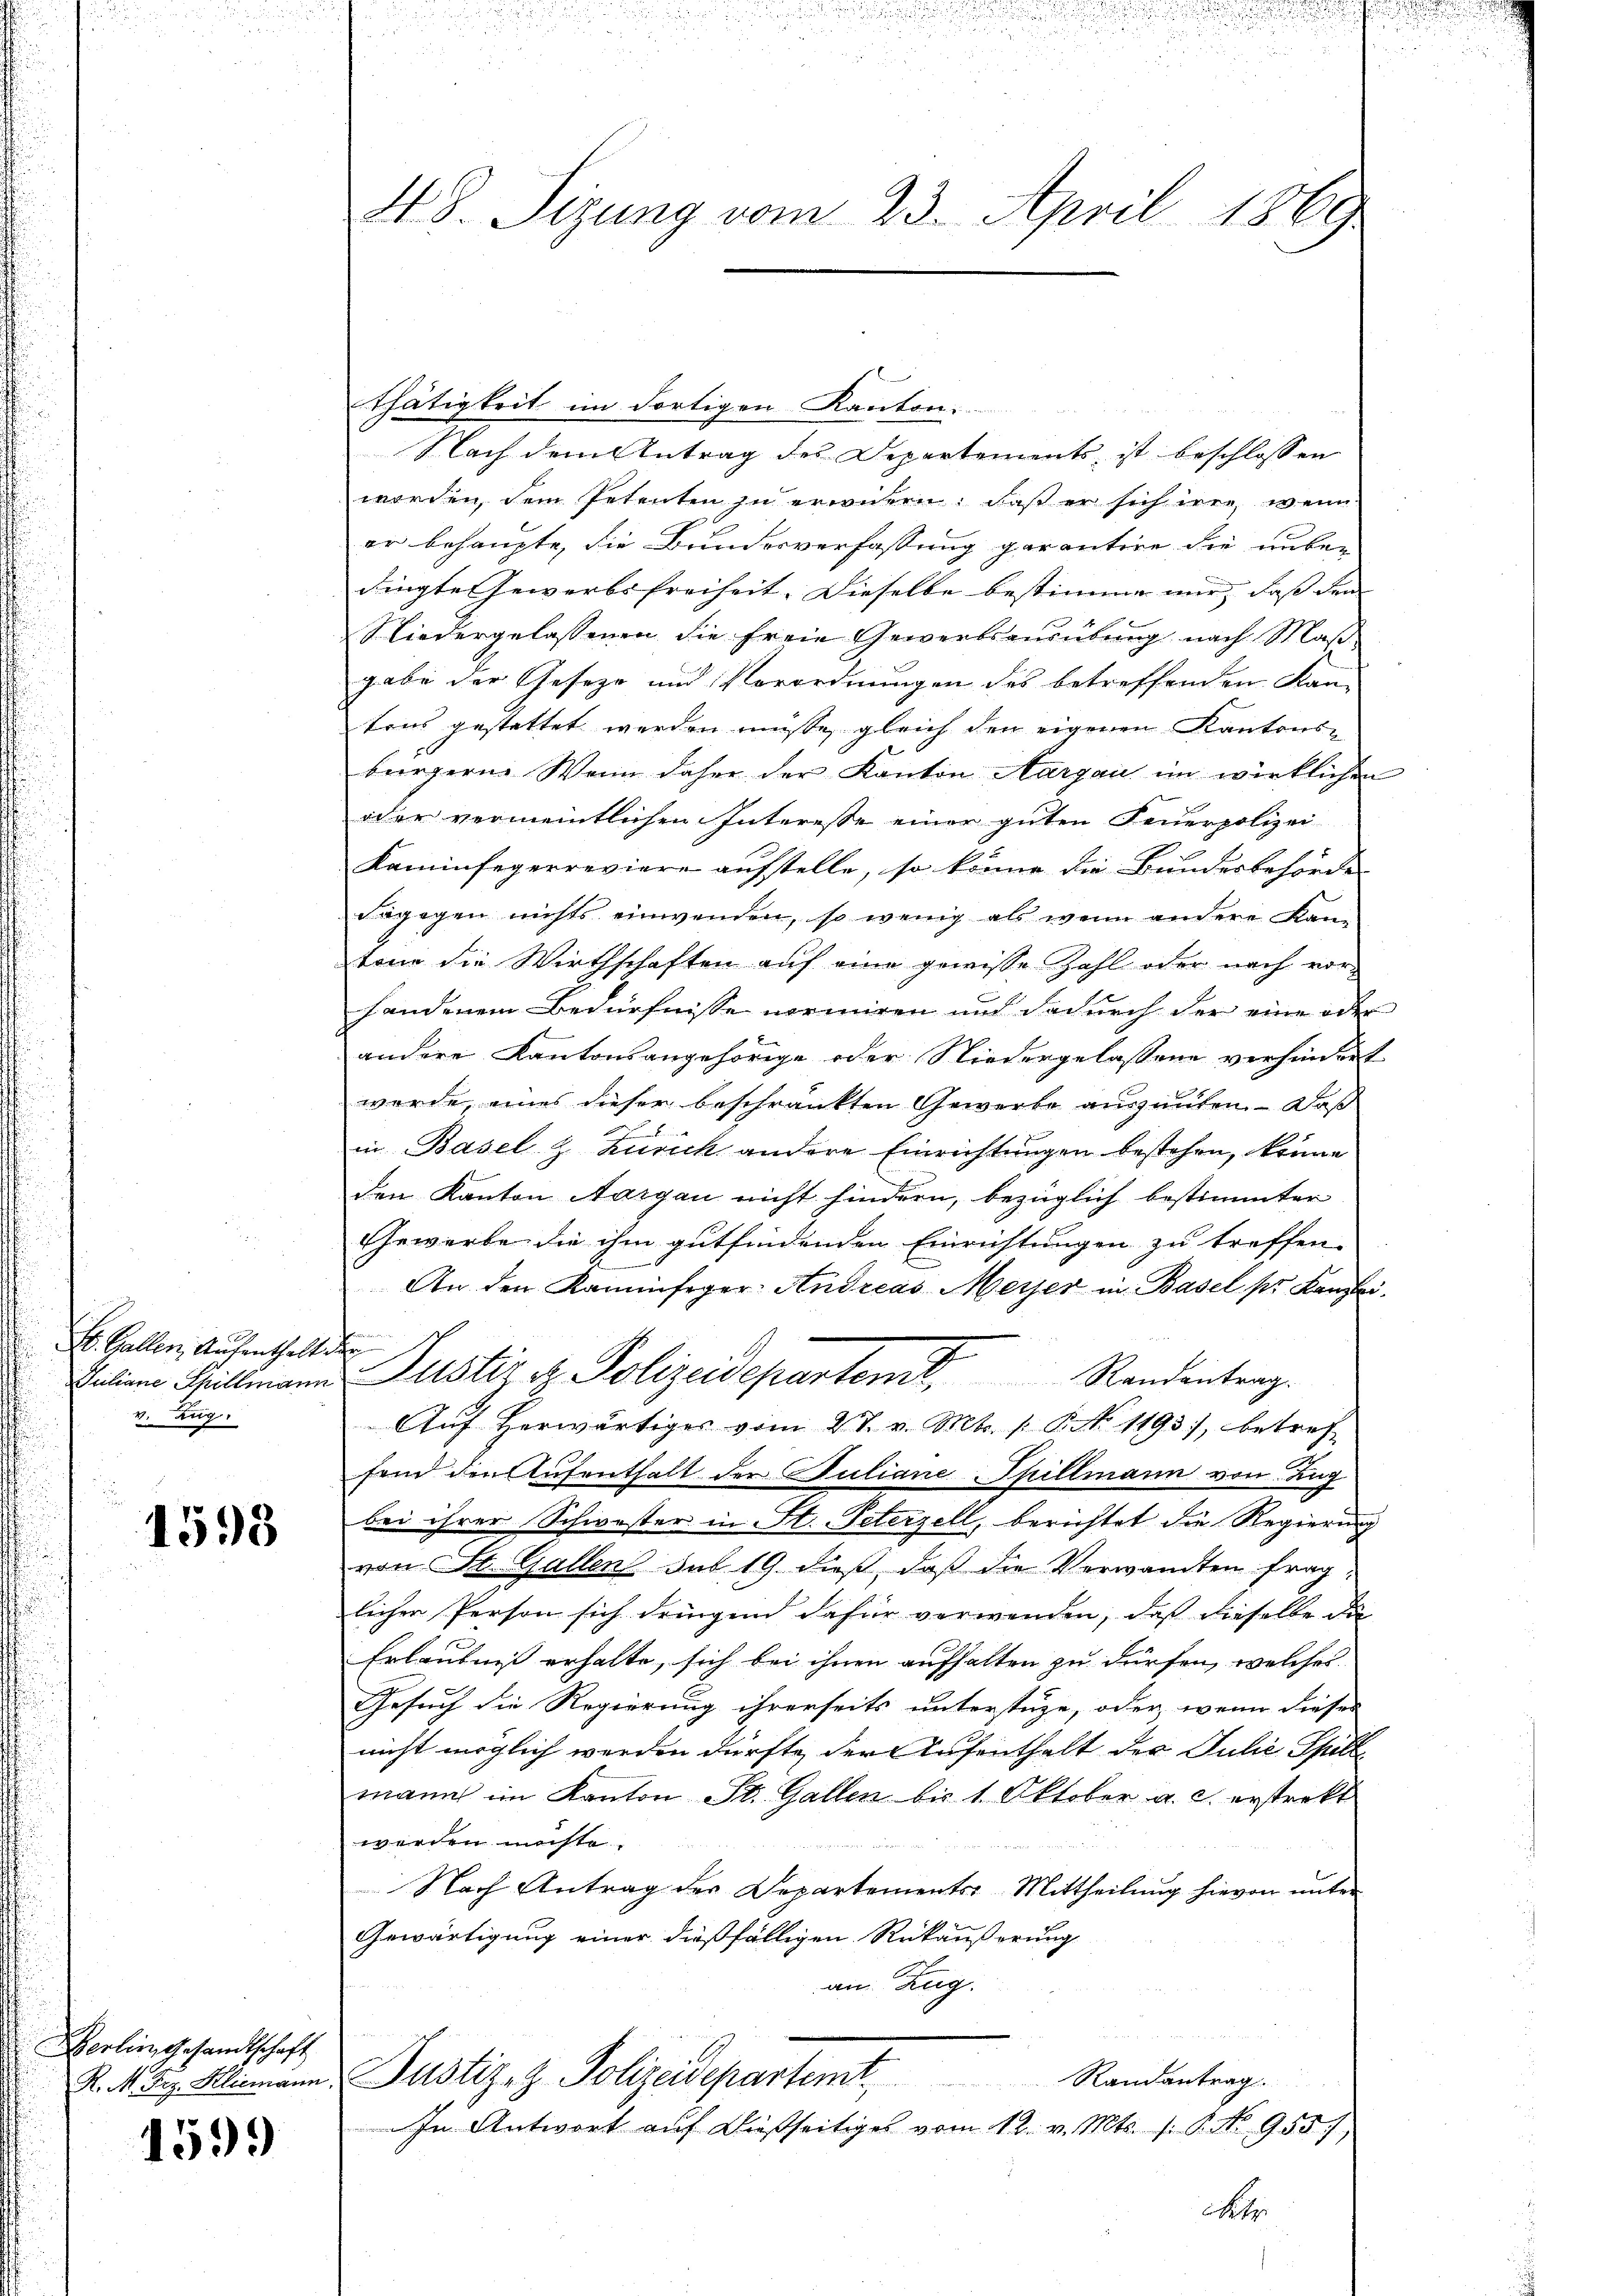
St. Gallen, Aufenthalt.
Juliane Spillmann
v. Zug.

1598

Berlin Gesandtschaft
K. M. Frz. Kliemann

1599

48. Sizung vom 23. April 1869

thätigkeit im dortigen Kanton.
Nach dem Antrag des Departements ist beschlossen
worden, dem Petenten zu erwidern. Daß er sich iren, wenn
er behaupte, die Bundesverfassung garantire die unbe-
dingte Gewerbsfreiheit. Dieselbe bestimme mir, daß den
Niedergelassenen die freie Gewerbsaŭsübŭng nach Maβ-
gabe der Geseze und Verordnungen des betreffenden Kan-
tens gestattet werden müßte, gleich den eigenen Kantonsbürgern. Wenn daher der Kanton Aargau im wirklichen
oder vermeintlichen Interesse einer guten Feuerpolizei
Kaminfegerreviere aufstelle, so könne die Bundesbehörde
Frgegen nichts einwenden, so wenig als wenn andere Kantone die Wirthschaften auf eine gewisse Zahl oder nach vorhandenem Bedürfnisse normiren und dadurch der eine oder
andere Kantonsangehörige oder Niedergelassene verhindert
werde, eines dieser beschränkten Gewerbe auszuüben. Daß
in Basel- & Zürich andere Einrichtungen bestehen, könne
den Kanton Aargau nicht hindern, bezüglich bestimmter
Gewerbe die ihm gutfindenden Einrichtungen zu treffen.
An den Kaminfeger Andreas Meyer in Basel pr Kanzlei.
te
1
f
Justiz & Polizeidepartemit Randentrag.
Aŭf herwärtiger vom 27. v. Mts. /: No 1193), betref
fend den Aufenthalt der Juliane-Spillmann von Lug
bei ihrer Schwester in St. Peterzell, berichtet die Regierung
von St. Gallens sub 19. dieß, daß die Verwandten fraglicher Person sich dringend dafür verwenden, daß dieselbe die
Erlaubniß erhalte, sich bei ihnen aufhalten zu dürfen, welches
Gesuch die Regierung ihrerseits unterstüze, oder, wenn dieses
nicht möglich werden dürfte der Aufenthalt der Julie Spille
mann im Kanton St. Gallen bis 1 Oktober a. c. erstrekt
werden möchte
Nach Antrag der Departements-Mittheilung hievon unter
Gewärtigung einer dießfälligen Rükäußerung
an Zug.
Justiz- & Polizeidepartemt. Randantrag.
In Antwort auf dießseitiges vom 12. v. Mts. s. S. No 955,
Net